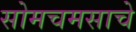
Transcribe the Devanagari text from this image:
सोमचमसाचे